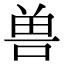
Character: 兽